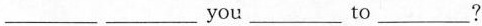
\underline you \underline to \underline?